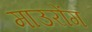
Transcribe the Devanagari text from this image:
माउरोंग